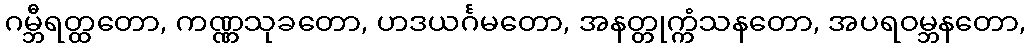
ဂမ္ဘီရတ္ထတော, ကဏ္ဏသုခတော, ဟဒယင်္ဂမတော, အနတ္တုက္ကံသနတော, အပရဝမ္ဘနတော,